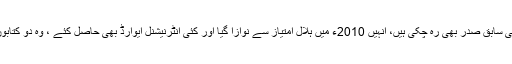
وہ سپریم کورٹ بار کی سابق صدر بھی رہ چکی ہیں، انہیں 2010ء میں ہلال امتیاز سے نوازا گیا اور کئی انٹرنیشنل ایوارڈ بھی حاصل کئے ، وہ دو کتابوں کی مصنف بھی ہیں۔